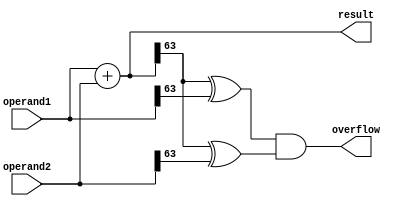
module double_precision_adder (
    input wire [63:0] operand1,
    input wire [63:0] operand2,
    output reg [63:0] result,
    output reg overflow
);

always @(*) begin
    result = operand1 + operand2;
    overflow = (result[63] ^ operand1[63]) & (result[63] ^ operand2[63]);
end

endmodule